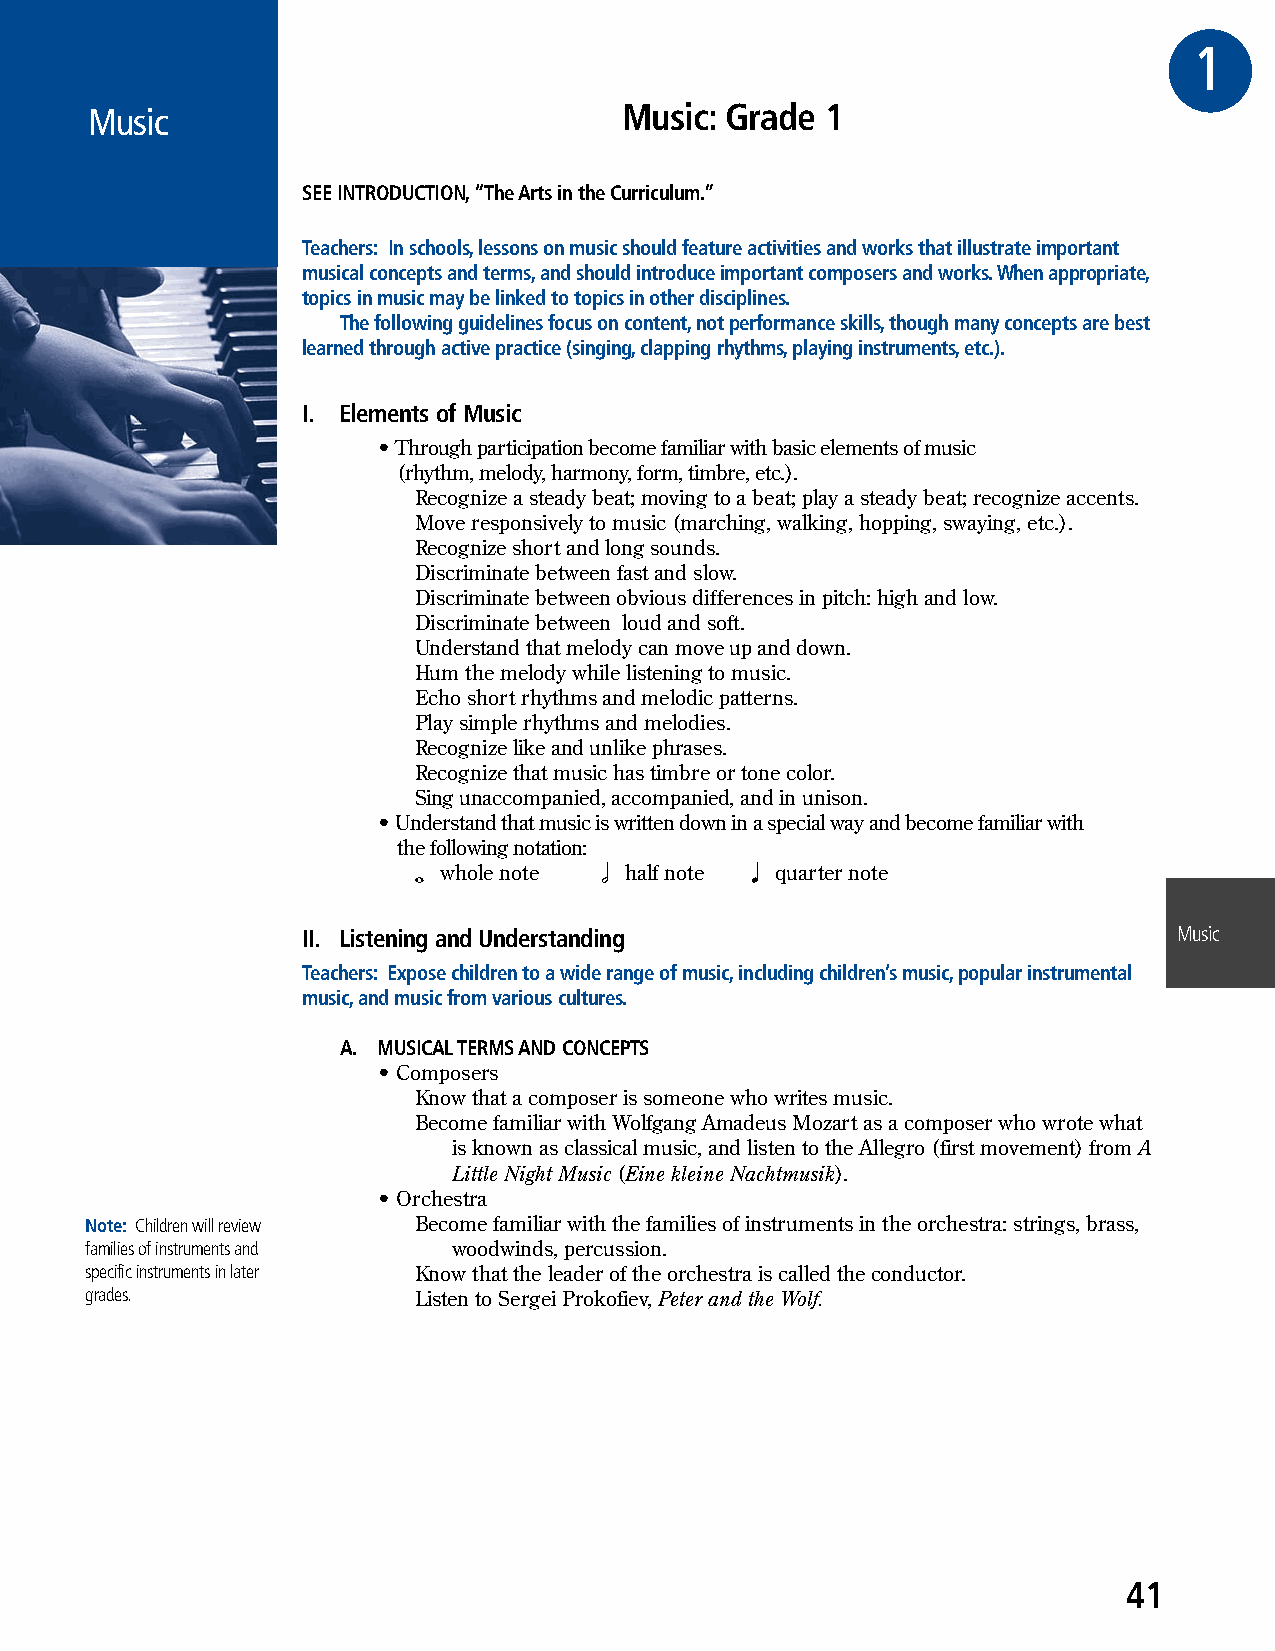
1DE
 Music                              Music: Grade  1
 SEE INTRODUCTION, “The Arts in the Curriculum.”
 Teachers: In schools, lessons on music should feature activities and works that illustrate important
 musical concepts and terms, and should introduce important composers and works. When appropriate,
 topics in music may be linked to topics in other disciplines.
 The following guidelines focus on content, not performance skills, though many concepts are best
 learned through active practice (singing, clapping rhythms, playing instruments, etc.).
 I. Elements of Music
 • Through participation become familiar with basic elements of music
 (rhythm, melody, harmony, form, timbre, etc.).
 Recognize a steady beat; moving to a beat; play a steady beat; recognize accents.
 Move responsively to music (marching, walking, hopping, swaying, etc.).
 Recognize short and long sounds.
 Discriminate between fast and slow.
 Discriminate between obvious differences in pitch: high and low.
 Discriminate between loud and soft.
 Understand that melody can move up and down.
 Hum the melody while listening to music.
 Echo short rhythms and melodic patterns.
 Play simple rhythms and melodies.
 Recognize like and unlike phrases.
 Recognize that music has timbre or tone color.
 Sing unaccompanied, accompanied, and in unison.
 • Understand that music is written down in a special way and become familiar with
 the following notation:
 𝅝 whole note 𝅗𝅥 half note 𝅘𝅥 quarter note
 II. Listening and Understanding                           Music
 Teachers: Expose children to a wide range of music, including children’s music, popular instrumental
 music, and music from various cultures.
 A. MUSICAL TERMS AND CONCEPTS
 • Composers
 Know that a composer is someone who writes music.
 Become familiar with Wolfgang Amadeus Mozart as a composer who wrote what
 is known as classical music, and listen to the Allegro (first movement) from A
 Little Night Music (Eine kleine Nachtmusik).
 • Orchestra
 Note: Children will review Become familiar with the families of instruments in the orchestra: strings, brass,
 families of instruments and woodwinds, percussion.
 specific instruments in later Know that the leader of the orchestra is called the conductor.
 grades.              Listen to Sergei Prokofiev, Peter and the Wolf.
 41